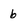
Character: b